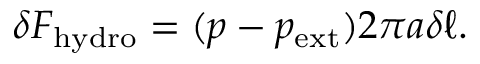
\delta F _ { \mathrm { h y d r o } } = ( p - p _ { \mathrm { e x t } } ) 2 \pi a \delta \ell .